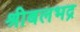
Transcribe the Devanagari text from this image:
श्रीबलभद्र